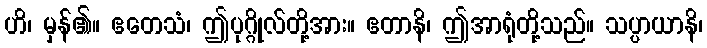
ဟိ၊ မှန်၏။ ဧတေသံ၊ ဤပုဂ္ဂိုလ်တို့အား။ ဧတာနိ၊ ဤအာရုံတို့သည်။ သပ္ပာယာနိ၊